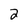
Character: 2